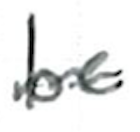
Text: be
Cross-out: wave
Writing tool: ballpoint